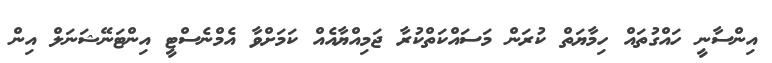
އިންސާނީ ހައްގުތައް ހިމާޔަތް ކުރަން މަސައްކަތްކުރާ ޖަމިއްޔާއެއް ކަމަށްވާ އެމްނެސްޓީ އިންޓަނޭޝަނަލް އިން